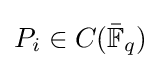
P_{i}\in C({\bar {\mathbb {F} }}_{q})